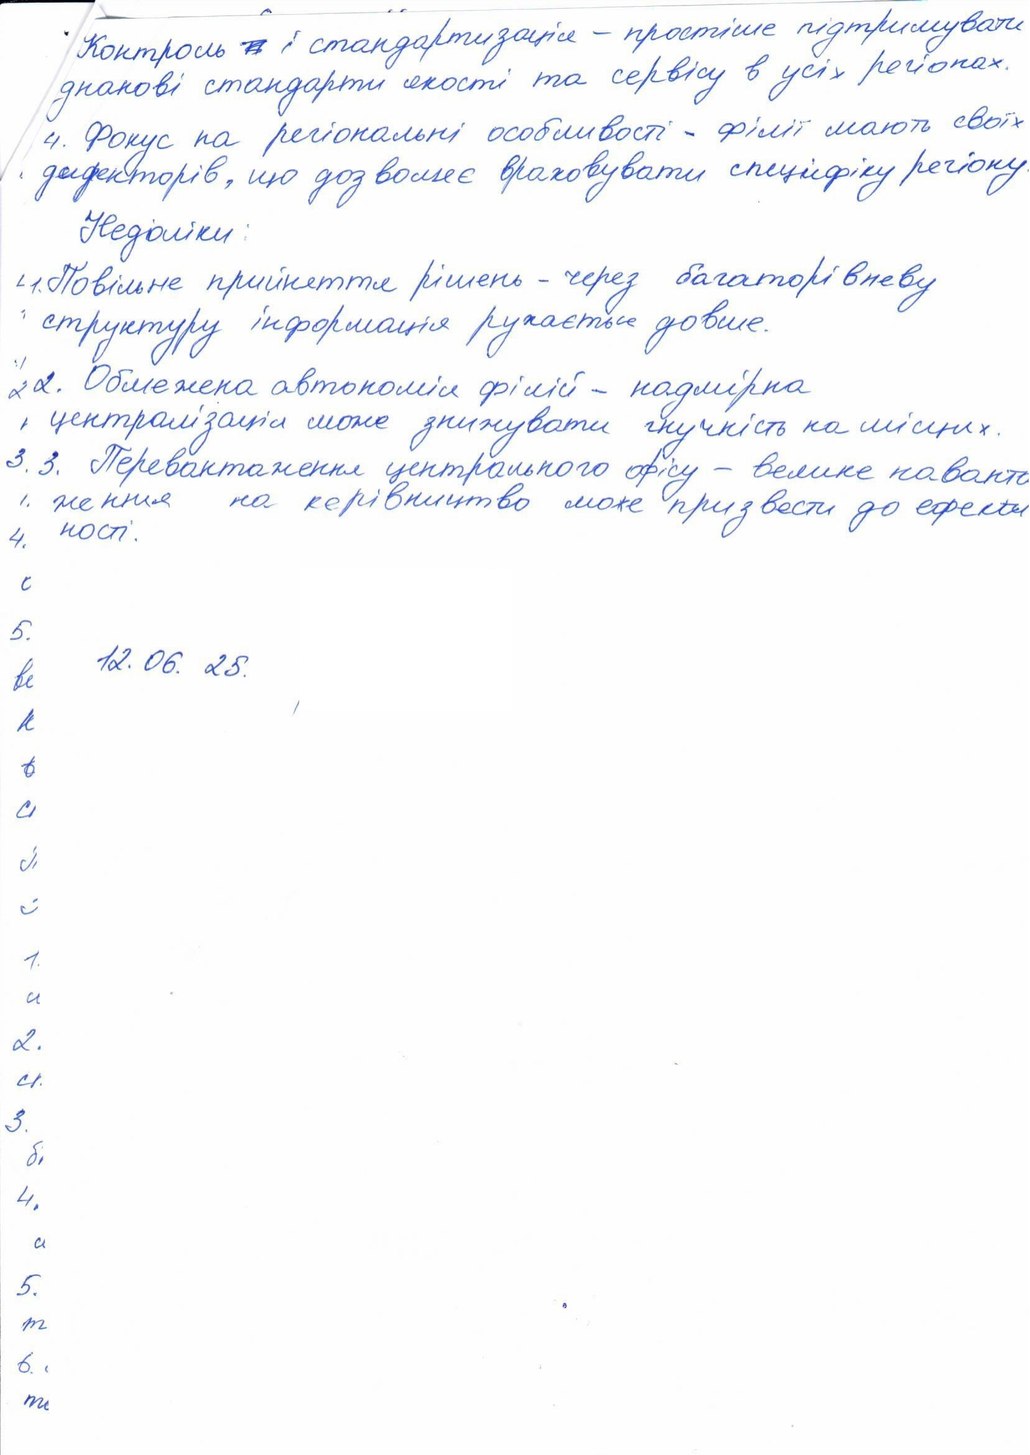
Контроль ~~[illegible]~~ і стандартизація - простіше підтримувати
днакові стандарти якості та сервісу в усіх регіонах.
4. Фокус на регіональні особливості - філії мають своїх
директорів, що дозволяє враховувати специфіку регіону.
Недоліки:
1. Повільне прийняття рішень - через багаторівневу
структуру інформація рухається довше.
2. Обмежена автономія філій - надмірна
і централізація може знижувати гнучкість на місцях.
3.3. Перевантаження центрального офісу - велике наванта
1. ження на керівництво може призвести до ефекти
4. ності.
5.
12. 06. 25.
2.
3.
б.
4.
5.
6.